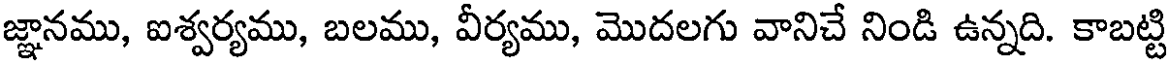
జ్ఞానము, ఐశ్వర్యము, బలము, వీర్యము, మొదలగు వానిచే నిండి ఉన్నది. కాబట్టి